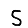
Digit: 5